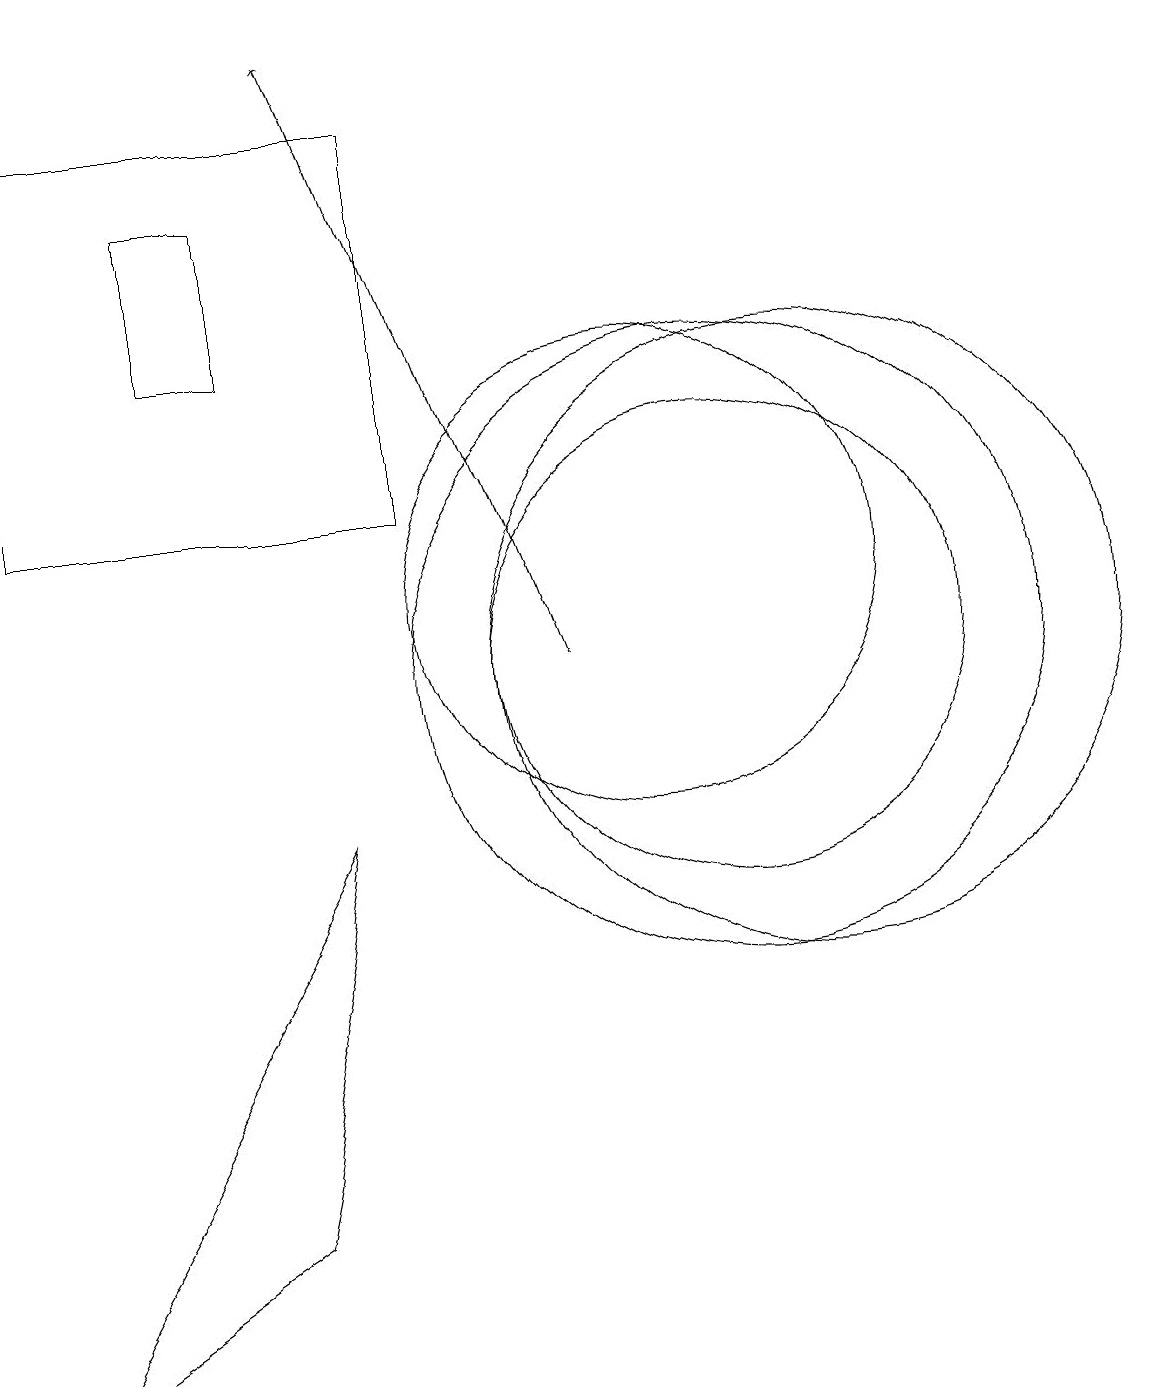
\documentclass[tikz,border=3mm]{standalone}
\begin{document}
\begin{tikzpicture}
\draw (12,10) circle (4);
\draw (10,11) circle (3);
\draw (5,14) rectangle (4,16);
\draw (2,17) rectangle (7,12);
\draw[->] (9,10) -- (6,18);
\draw (11,10) circle (3);
\draw (5,3) -- (2,1) -- (6,8) -- cycle;
\draw (11,10) circle (4);
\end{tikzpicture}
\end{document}